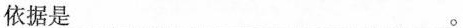
依据是___。